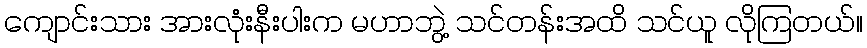
ကျောင်းသား အားလုံးနီးပါးက မဟာဘွဲ့ သင်တန်းအထိ သင်ယူ လိုကြတယ်။